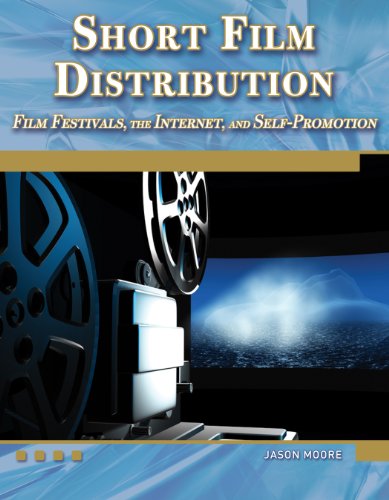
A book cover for Short Film Distribution: Film Festivals, the Internet, and Self-Promotion (Digital Filmmaker Series); Jason Moore; Humor & Entertainment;